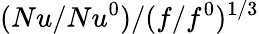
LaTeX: (Nu/Nu^{0})/(f/f^{0})^{1/3}